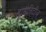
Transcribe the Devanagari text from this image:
ह्यूमैनिटीज